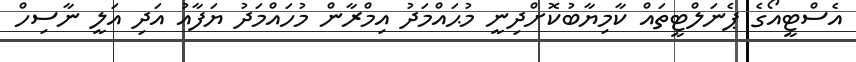
އެސްޓީއޯގެ ޕެނަލްޓީތައް ކާމިޔާބުކޮށްދިނީ މުޙައްމަދު އިމްރާން މުހައްމަދު ޔަފާއު އަދި އަލީ ނާސިހް